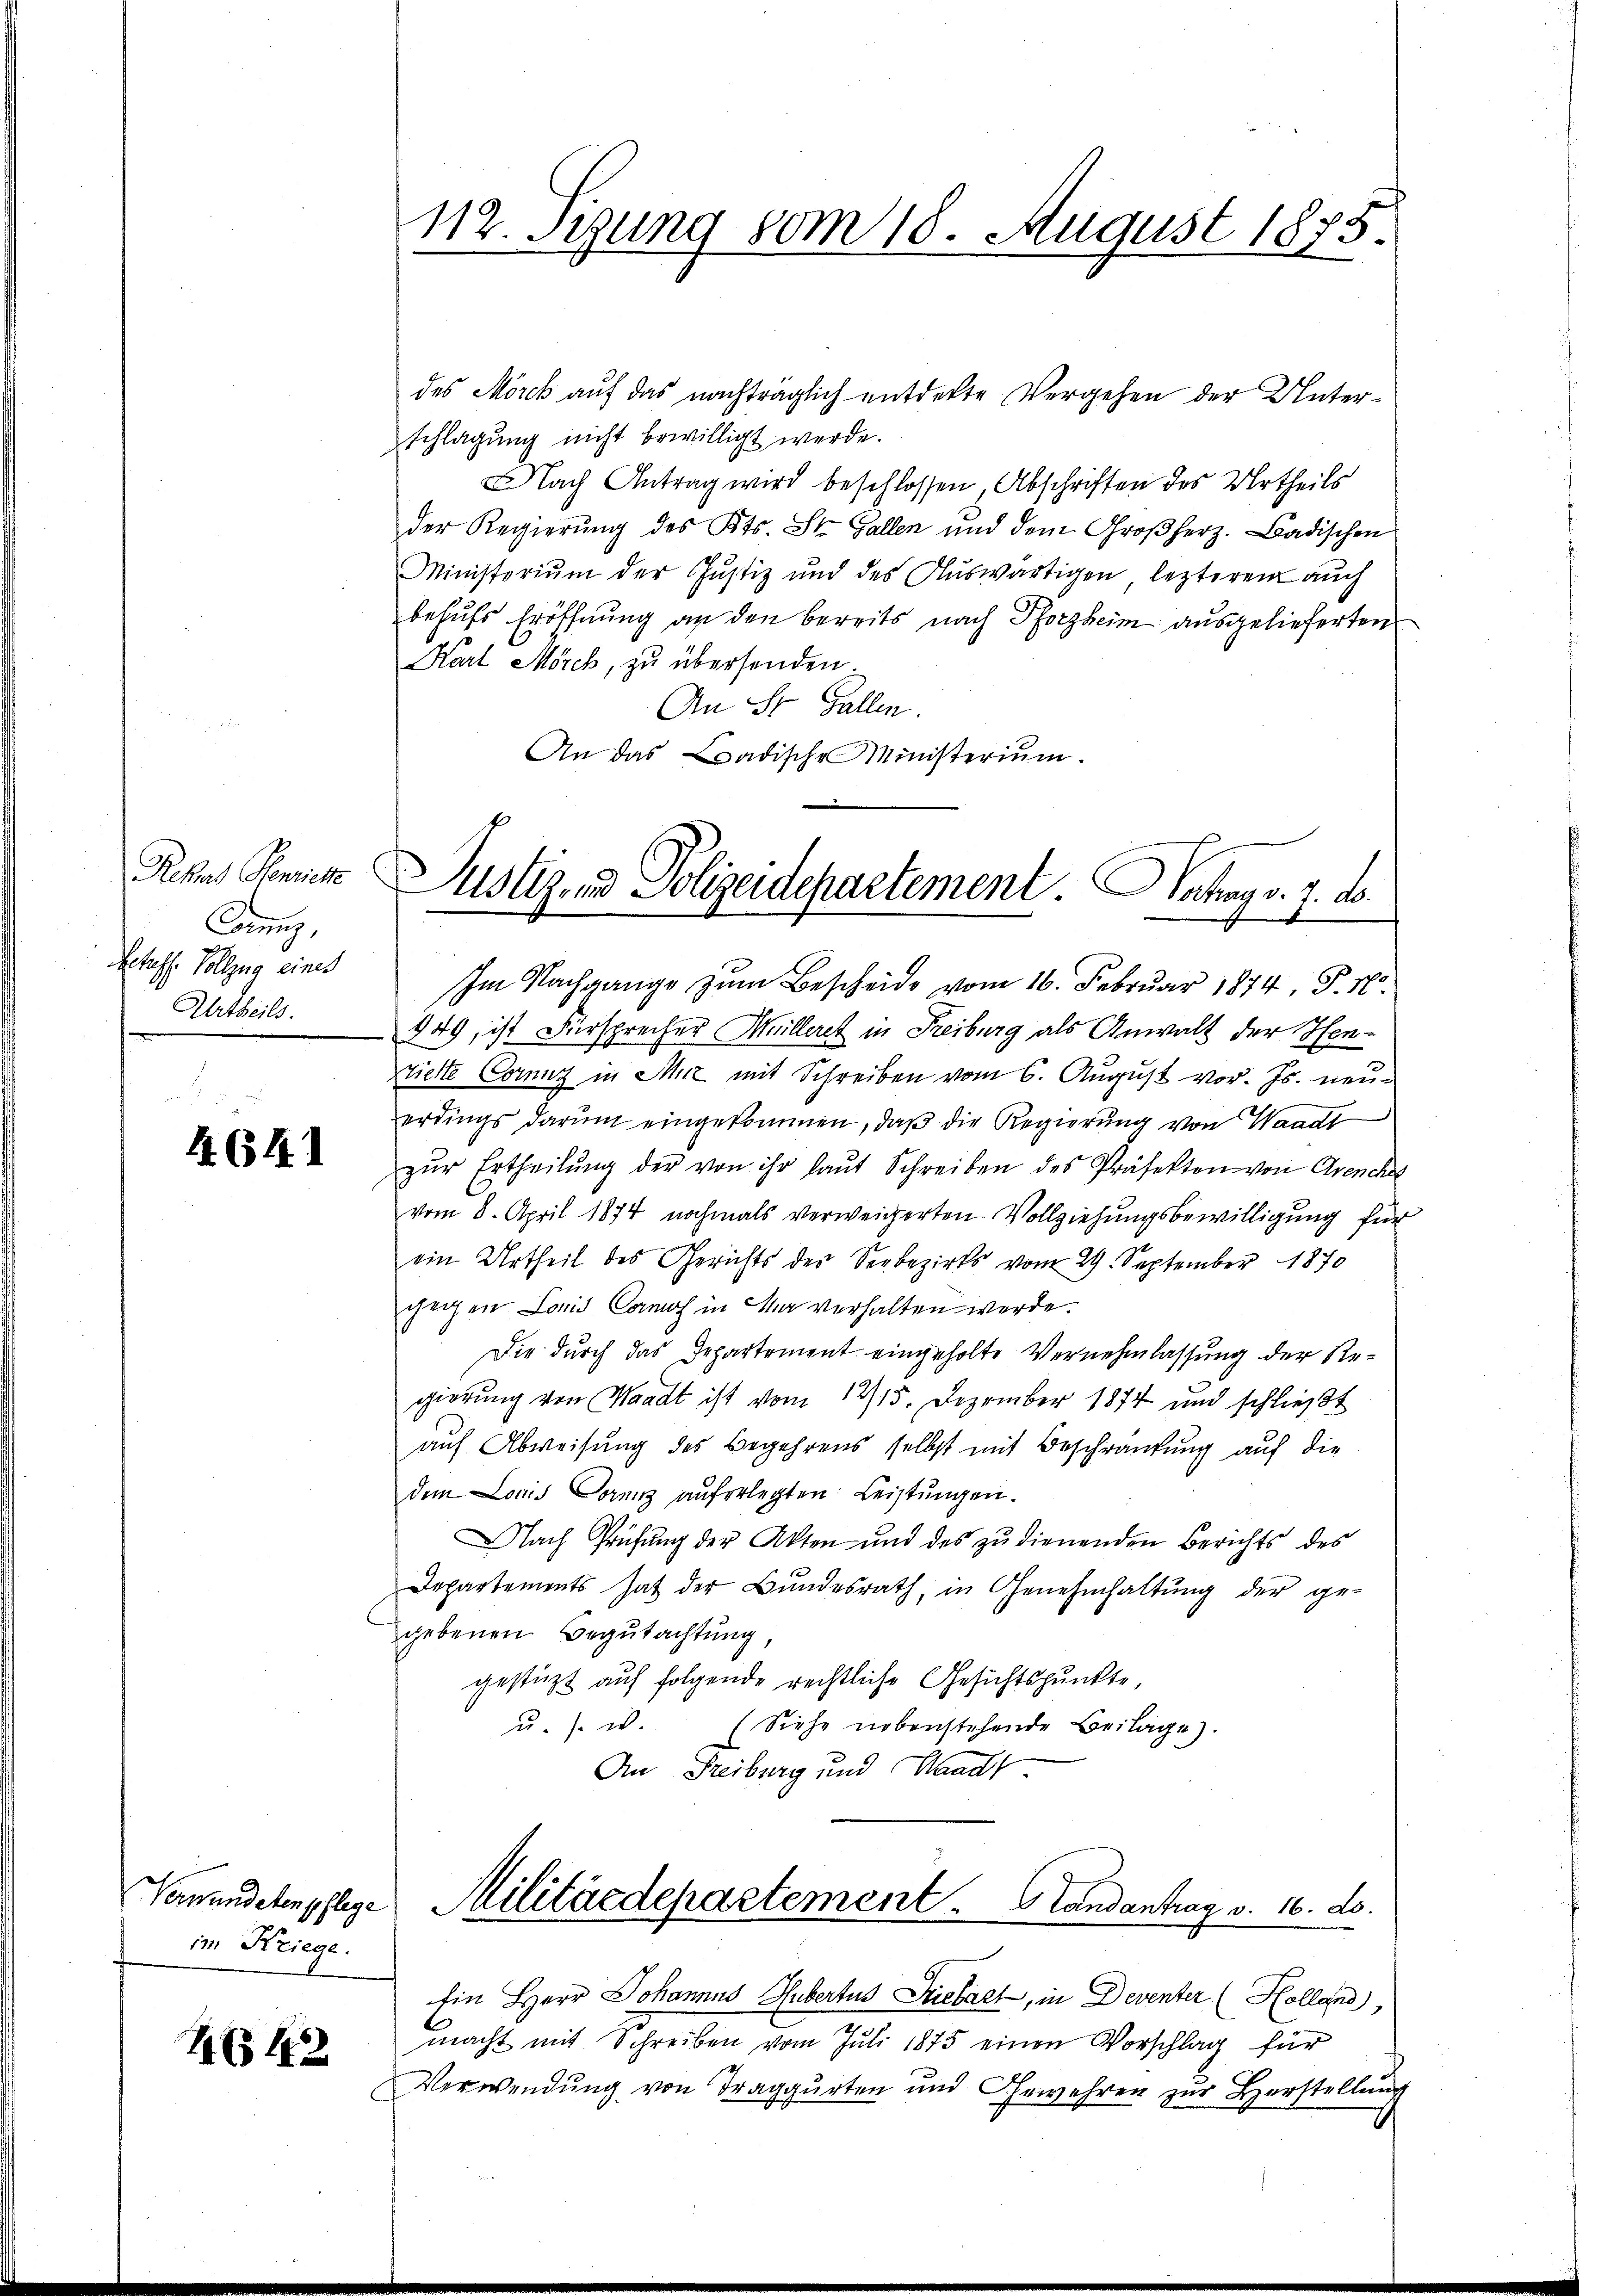
Cannig,
Getreff. Vollzug eines
Urtheils.

14 (141

im Kriege.

1642

des Morck auf das nachträglich entdekte Vergehen der Unterschlagung nicht bewilligt werde.
Nach Antrag wird beschlossen, Abschriften des Urtheils
der Regierŭng des Kts. St. Gallen und dem Großherz. Badischen
Ministerium der Justiz und des Auswärtigen lezteren auch
behufs Eröffnung an den bereits nach Pforzheim ausgelieferten
Karl Mörck, zu übersenden.
An St. Gallen.
An das Badische Ministerium.
Im Nachgange zum Bescheide vom 16. Februar 1874, P. N
949, ist Fürsprecher Mülleret in Freiburg als Anwalt der Hen-
Sielte Corniz in Mit mit Schreiben vom 6. August vor. Js. neuerdings darum eingekommen, daß die Regierung von Waadt
zŭr Ertheilŭng der von ihr laŭt Schreiben des Präfekten von Avenche
vom 8. April 1874 nochmals verweigerten Vollziehungsbewilligung für
ein Urtheil des Gerichts der Seebezirks vom 29. September 1870
gegen Land Camos in Wa verhalten werde.
Die durch das Departement eingeholte Vernehmlassung der Regierung von Waadt ist vom 1915. Dezember 1874 und schlieβt
auf Abweisung des Begehrens selbst mit Beschränkung auf die
dem Louis Lorenz aŭferlegten Leistŭngen.
Nach Prüfung der Akten und des zu dienenden Berichts des
Departements hat der Bŭndesrath, in Genehmhaltŭng der ge-
gebenen Begutachtung,
gestützt auf folgende rechtliche Gesichtspunkte,
u. s. w.
(Siehe nebenstehende Beilage).
An Freiburg und Waadt.

112. Segung vom 18. August 1875.
1

Rekas Pennick Justiz- und Polizeidepartement. Betrag v. 7. d.

Ein Herr Johannes Hubertus Priesart, in Deventer (Holland)
macht mit Schreiben vom Juli 1875 einen Vorschlag für
Verwendung von Traggurten und Gewehren zur Herstellung
4

Namendetenpflege Militärdepartement. Landantrag v. 16. ds.